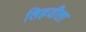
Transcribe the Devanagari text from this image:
लिहवीला